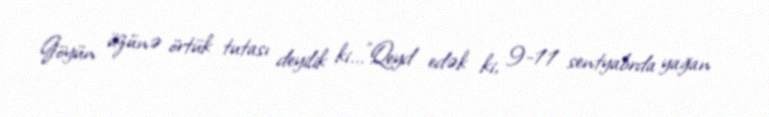
Göyün üzünə örtük tutası deyilik ki...”Qeyd edək ki, 9-11 sentyabrda yağan